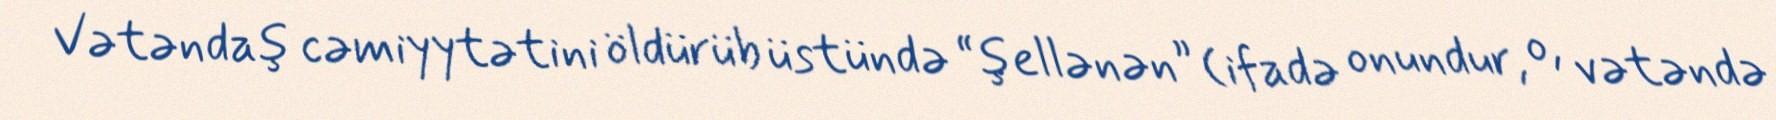
Vətəndaş cəmiyytətini öldürüb üstündə “şellənən” (ifadə onundur, o, vətəndə